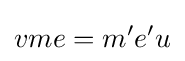
vme=m'e'u